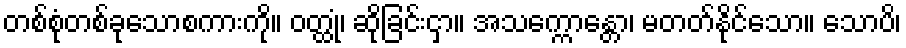
တစ်စုံတစ်ခုသောစကားကို။ ဝတ္ထုံ၊ ဆိုခြင်းငှာ။ အသက္ကောန္တော၊ မတတ်နိုင်သော။ သောပိ၊